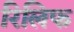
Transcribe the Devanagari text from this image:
रिलिफ